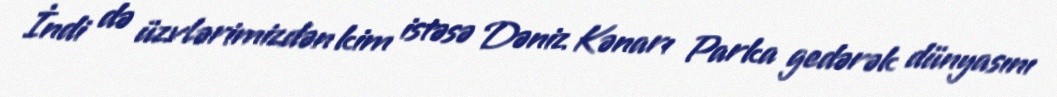
İndi də üzvlərimizdən kim istəsə Dəniz Kənarı Parka gedərək dünyasını